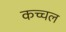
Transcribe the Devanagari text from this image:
कच्चल